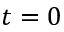
t = 0